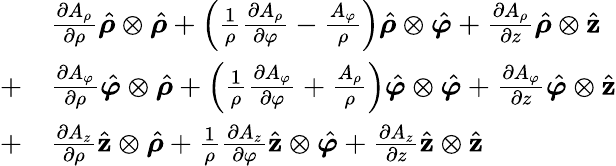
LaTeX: {\begin{array}{rl}{}&{{\frac{\partial A_{\rho}}{\partial\rho}}{\hat{\boldsymbol{\rho}}}\otimes{\hat{\boldsymbol{\rho}}}+\left({\frac{1}{\rho}}{\frac{\partial A_{\rho}}{\partial\varphi}}-{\frac{A_{\varphi}}{\rho}}\right){\hat{\boldsymbol{\rho}}}\otimes{\hat{\boldsymbol{\varphi}}}+{\frac{\partial A_{\rho}}{\partial z}}{\hat{\boldsymbol{\rho}}}\otimes{\hat{\mathbf{z}}}}\\ {+}&{{\frac{\partial A_{\varphi}}{\partial\rho}}{\hat{\boldsymbol{\varphi}}}\otimes{\hat{\boldsymbol{\rho}}}+\left({\frac{1}{\rho}}{\frac{\partial A_{\varphi}}{\partial\varphi}}+{\frac{A_{\rho}}{\rho}}\right){\hat{\boldsymbol{\varphi}}}\otimes{\hat{\boldsymbol{\varphi}}}+{\frac{\partial A_{\varphi}}{\partial z}}{\hat{\boldsymbol{\varphi}}}\otimes{\hat{\mathbf{z}}}}\\ {+}&{{\frac{\partial A_{z}}{\partial\rho}}{\hat{\mathbf{z}}}\otimes{\hat{\boldsymbol{\rho}}}+{\frac{1}{\rho}}{\frac{\partial A_{z}}{\partial\varphi}}{\hat{\mathbf{z}}}\otimes{\hat{\boldsymbol{\varphi}}}+{\frac{\partial A_{z}}{\partial z}}{\hat{\mathbf{z}}}\otimes{\hat{\mathbf{z}}}}\end{array}}